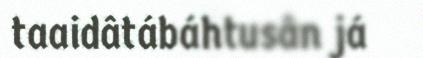
taaidâtábáhtusân já